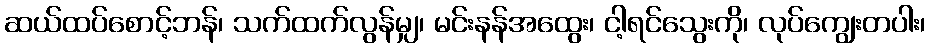
ဆယ်ထပ်စောင့်ဘန်၊ သက်ထက်လွန်မျှ၊ မင်းနန်အထွေး၊ ငါ့ရင်သွေးကို၊ လုပ်ကျွေးတပါး၊